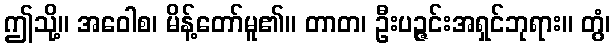
ဤသို့။ အဝေါစ၊ မိန့်တော်မူ၏။ တာတ၊ ဦးပဉ္ဇင်းအရှင်ဘုရား။ တွံ၊